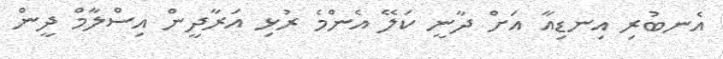
އެނބުރި އިނޑިއާ އަށް ދާނީ ކަލޭ އެންމެ ރުޅި އަރާދީން އިސްލާމް ދީން